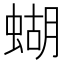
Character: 蝴